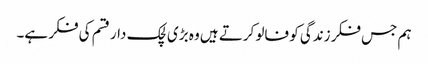
ہم جس فکر زندگی کو فالو کرتے ہیں وہ بڑی لچک دار قسم کی فکر ہے۔